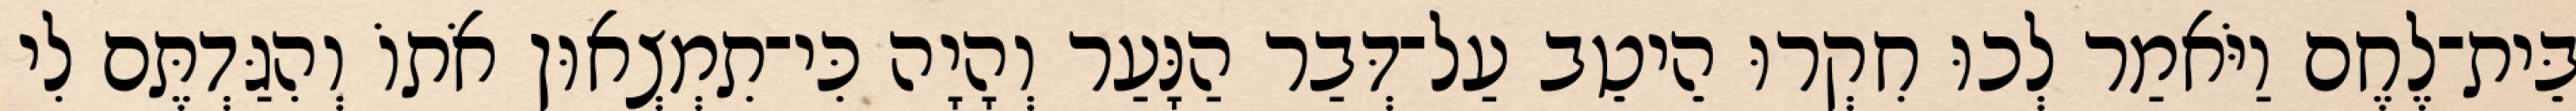
בֵּית־לֶחֶם וַיֹּאמַר לְכוּ חִקְרוּ הֵיטֵב עַל־דְּבַר הַנָּעַר וְהָיָה כִּי־תִמְצְאוּן אֹתוֹ וְהִגַּדְתֶּם לִי